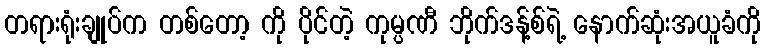
တရားရုံးချုပ်က တစ်တော့ ကို ပိုင်တဲ့ ကုမ္ပဏီ ဘိုက်ဒန့်စ်ရဲ့ နောက်ဆုံးအယူခံကို